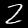
Digit: 2